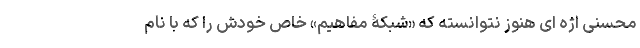
محسنی اژه ای هنوز نتوانسته که «شبکۀ مفاهیم» خاصّ خودش را که با نام